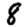
Digit: 8